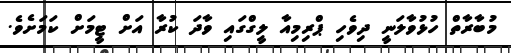
މުބާރާތް ހުޅުވާލަނީ ދިވެހި ޕްރިމިއާ ލީގްގައި ވާދަ ކުރާ އަށް ޓީމަށް ކަމަށެވެ.